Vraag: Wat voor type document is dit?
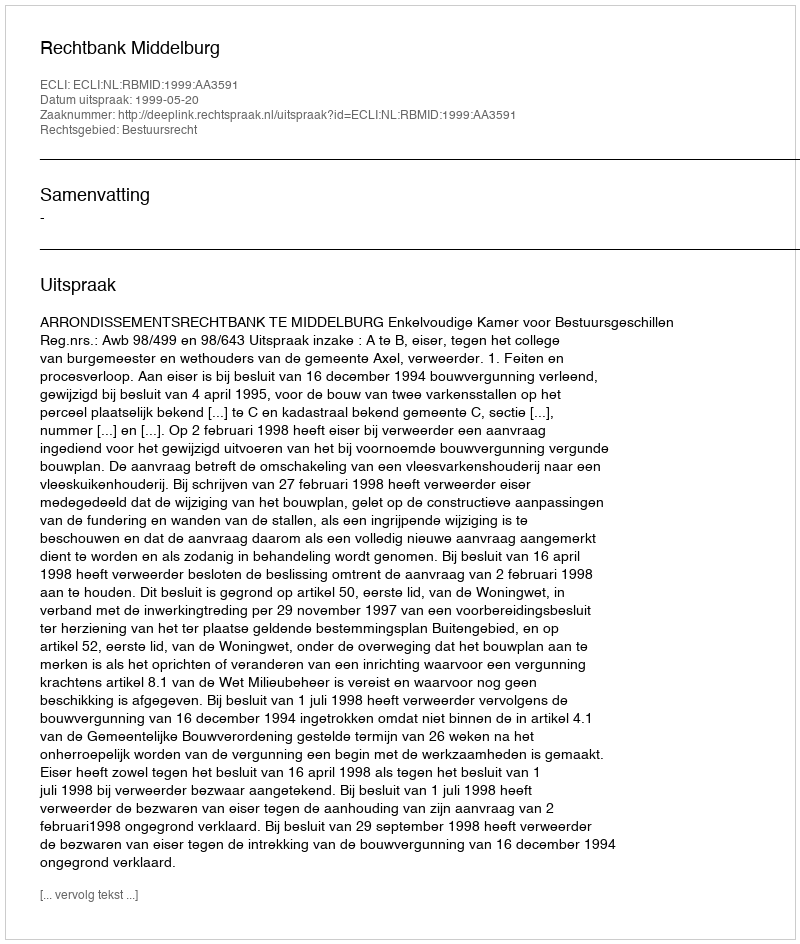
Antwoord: Uitspraak